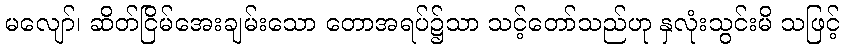
မလျော်၊ ဆိတ်ငြိမ်အေးချမ်းသော တောအရပ်၌သာ သင့်တော်သည်ဟု နှလုံးသွင်းမိ သဖြင့်